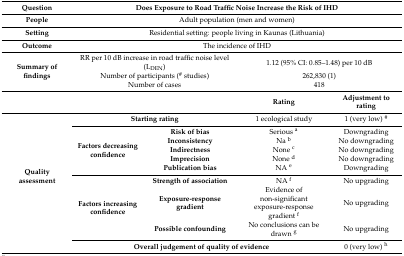
| Question | <COLSPAN=4> Does Exposure to Road Traffic Noise Increase the Risk of IHD |
 | --- | --- | --- | --- | --- |
 | People | <COLSPAN=4> Adult population (men and women) |
 | Setting | <COLSPAN=4> Residential setting: people living in Kaunas (Lithuania) |
 | Outcome | <COLSPAN=4> The incidence of IHD |
 | <ROWSPAN=3> Summary of findings | <COLSPAN=2> RR per 10 dB increase in road traffic noise level (LDEN) | <COLSPAN=2> 1.12 (95% CI: 0.85–1.48) per 10 dB |
 | <COLSPAN=2> Number of participants (# studies) | <COLSPAN=2> 262,830 (1) |
 | <COLSPAN=2> Number of cases | <COLSPAN=2> 418 |
 | <COLSPAN=3>  | Rating | Adjustment to rating |
 | <ROWSPAN=10> Quality assessment | <COLSPAN=2> Starting rating | 1 ecological study | 1 (very low) # |
 | <ROWSPAN=5> Factors decreasing confidence | Risk of bias | Serious a | Downgrading |
 | Inconsistency | Na b | No downgrading |
 | Indirectness | None c | No downgrading |
 | Imprecision | None d | No downgrading |
 | Publication bias | NA e | Downgrading |
 | <ROWSPAN=3> Factors increasing confidence | Strength of association | NA f | No upgrading |
 | Exposure-response gradient | Evidence of non-significant exposure-response gradient f | No upgrading |
 | Possible confounding | No conclusions can be drawn g | No upgrading |
 | <COLSPAN=3> Overall judgement of quality of evidence | 0 (very low) h |